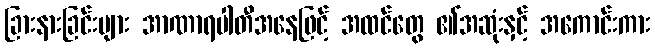
ခြားနားခြင်းများ အာဏာရပါတီအနေဖြင့် အထင်တွေ ၏အဆုံးနှင့် အကောင်းကား